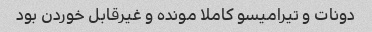
دونات و تیرامیسو کاملا مونده و غیرقابل خوردن بود